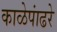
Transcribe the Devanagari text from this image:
काळेपांढरे